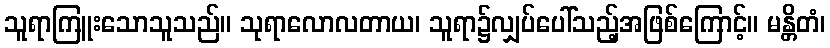
သူရာကြူးသောသူသည်။ သုရာလောလတာယ၊ သူရာ၌လျှပ်ပေါ်သည့်အဖြစ်ကြောင့်။ မန္တိတံ၊